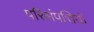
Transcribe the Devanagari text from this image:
परिसंपत्तियॉ